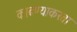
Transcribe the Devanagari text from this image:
काढण्याकरता